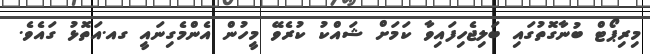
މިރިޕޯޓް ބުނާގޮތުގައި ބަލިޖެހިފައިވާ ކަމަށް ޝައްކު ކުރެވޭ މީހުން އެންމެގިނައީ ގއ.އަތޮޅު ގައެވެ.